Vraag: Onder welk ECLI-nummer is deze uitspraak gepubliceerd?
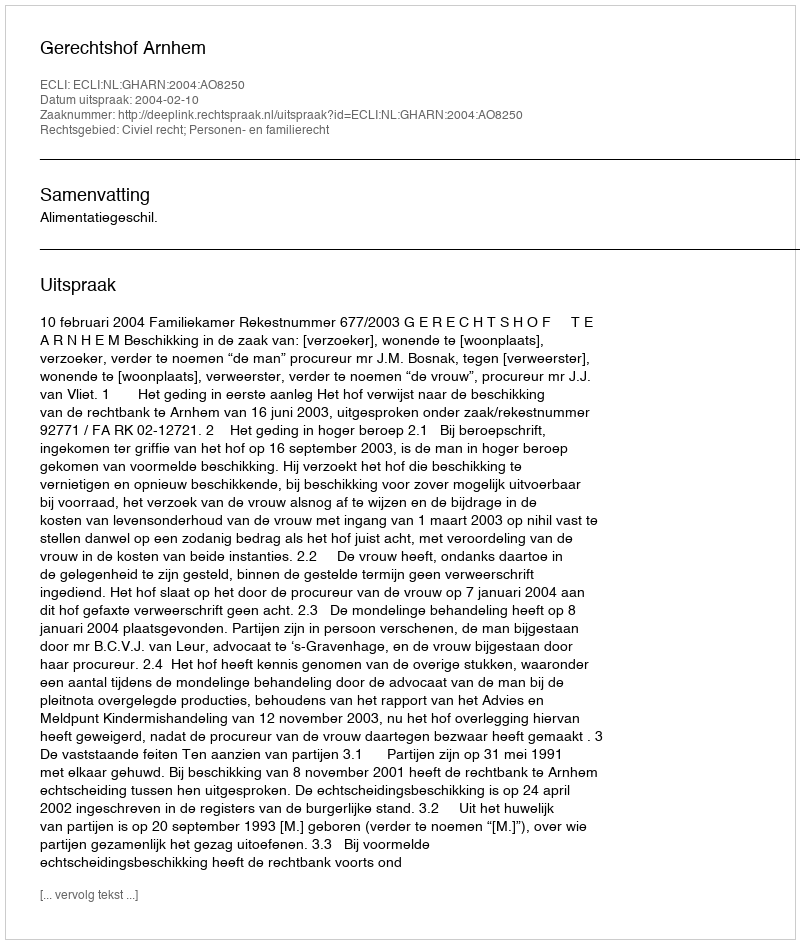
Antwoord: ECLI:NL:GHARN:2004:AO8250